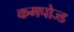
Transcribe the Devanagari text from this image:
कमपोज्ड